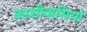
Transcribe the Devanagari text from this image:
काशीवासियो